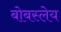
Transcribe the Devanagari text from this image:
बोबस्लेय